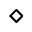
\diamond